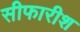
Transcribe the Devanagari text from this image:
सीफारीश